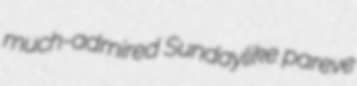
much-admired Sundaylike pareve